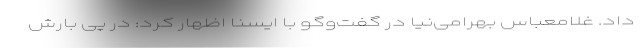
داد. غلامعباس بهرامی‌نیا در گفت‌وگو با ایسنا اظهار کرد: در پی بارش